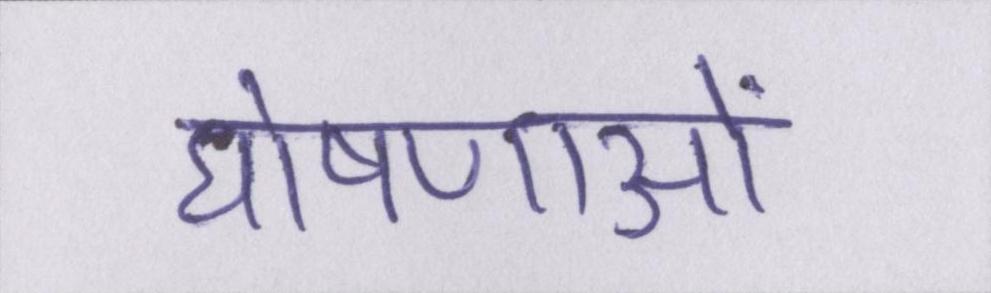
घोषणाओं